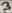
Text: 3